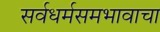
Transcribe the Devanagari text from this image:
सर्वधर्मसमभावाचा